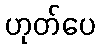
ဟုတ်ပေ